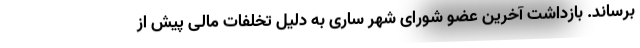
برساند. بازداشت آخرین عضو شورای شهر ساری به دلیل تخلفات مالی پیش از